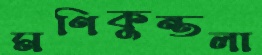
মণিকুন্তলা